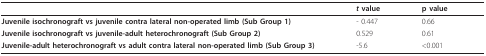
<table><thead><tr><td></td><td><b><i>t </i>value</b></td><td><b>p value</b></td></tr></thead><tbody><tr><td><b>Juvenile isochronograft vs juvenile contra lateral non-operated limb (Sub Group 1)</b></td><td>- 0.447</td><td>0.66</td></tr><tr><td><b>Juvenile isochronograft vs juvenile-adult heterochronograft (Sub Group 2)</b></td><td>0.529</td><td>0.61</td></tr><tr><td><b>Juvenile-adult heterochronograft vs adult contra lateral non-operated limb (Sub Group 3)</b></td><td>-5.6</td><td>&lt;0.001</td></tr></tbody></table>